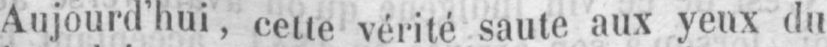
Aujourd’hui’, cette vérité saute aux yeux du